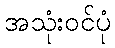
အသုံးဝင်ပုံ